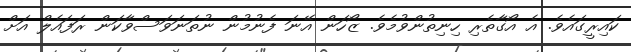
ކައިރީގައެވެ. އެ އޯގާތެރި ހިނިތުންވުމެވެ. ޒޯހަން އޭނަ ފެނުމުން ނުތަނަވަސްވާކަން ރަފައެލް އަށް